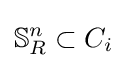
\mathbb {S} _{R}^{n}\subset C_{i}